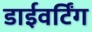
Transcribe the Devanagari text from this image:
डाईवर्टिंग